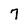
Character: 7